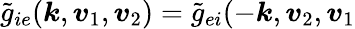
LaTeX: {\widetilde{g}_{ie}(\boldsymbol{k},\boldsymbol{v}_{1},\boldsymbol{v}_{2})=\widetilde{g}_{ei}(-\boldsymbol{k},\boldsymbol{v}_{2},\boldsymbol{v}_{1}}